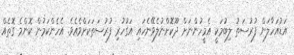
އަޑުއަހާލަން ފުރުސަތު ލިބުމަކީ އެމީހުންނަށް ދޫކޮށްނުލެވޭނެހައި އަގުހުރި ފުރުސަތަކަށްވެއެވެ. އެހެންކަމުން ކޮންމެ ގޮތެއް